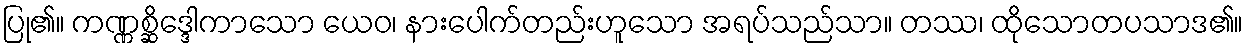
ပြု၏။ ကဏ္ဏစ္ဆိဒ္ဒေါကာသော ယေဝ၊ နားပေါက်တည်းဟူသော အရပ်သည်သာ။ တဿ၊ ထိုသောတပသာဒ၏။